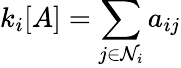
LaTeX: k_{i}[A]=\sum_{j\in\mathcal{N}_{i}}a_{ij}